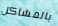
بالمشاكل